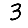
Digit: 3